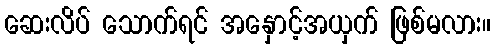
ဆေးလိပ် သောက်ရင် အနှောင့်အယှက် ဖြစ်မလား။